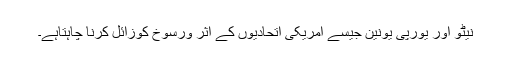
نیٹو اور یورپی یونین جیسے امریکی اتحادیوں کے اثر ورسوخ کوزائل کرنا چاہتاہے۔